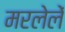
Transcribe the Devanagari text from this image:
मरलेलें